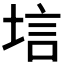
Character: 𫭷